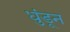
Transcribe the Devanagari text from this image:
धुंडून